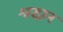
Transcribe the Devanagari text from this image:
श्रद्धान